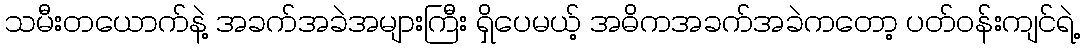
သမီးတယောက်နဲ့ အခက်အခဲအများကြီး ရှိပေမယ့် အဓိကအခက်အခဲကတော့ ပတ်ဝန်းကျင်ရဲ့